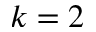
k = 2